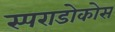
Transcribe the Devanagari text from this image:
स्पराडोकोस